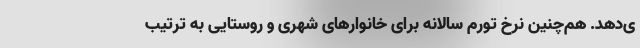
ی‌دهد. هم‌چنین نرخ تورم سالانه برای خانوارهای شهری و روستایی به ترتیب